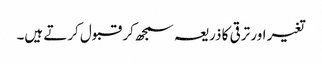
تغیر اور ترقی کا ذریعہ سمجھ کر قبول کرتے ہیں۔